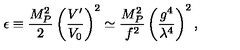
\epsilon \equiv \frac { M _ { P } ^ { 2 } } { 2 } \left( \frac { V ^ { \prime } } { V _ { 0 } } \right) ^ { 2 } \simeq \frac { M _ { P } ^ { 2 } } { f ^ { 2 } } \left( \frac { g ^ { 4 } } { \lambda ^ { 4 } } \right) ^ { 2 } ,